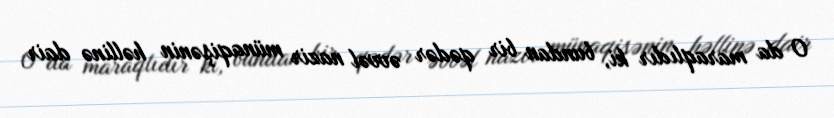
O da maraqlıdır ki, bundan bir qədər əvvəl nazir münaqişənin həllinə dair